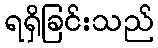
ရရှိခြင်းသည်